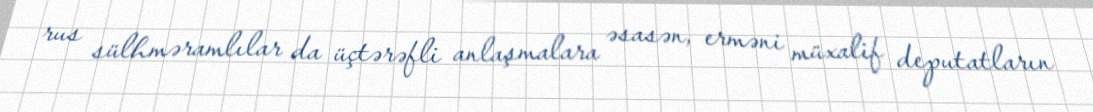
rus sülhməramlılar da üçtərəfli anlaşmalara əsasən, erməni müxalif deputatların